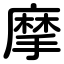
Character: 摩